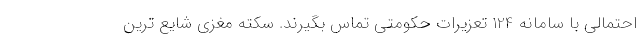
احتمالی با سامانه 124 تعزیرات حکومتی تماس بگیرند. سکته مغزی شایع ترین